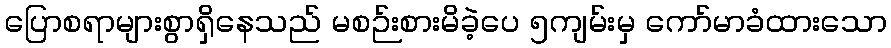
ပြောစရာများစွာရှိနေသည် မစဉ်းစားမိခဲ့ပေ ၅ကျမ်းမှ ကော်မာခံထားသော